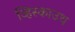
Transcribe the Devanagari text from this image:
व्हिस्काउथ